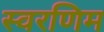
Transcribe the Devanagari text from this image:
स्वरणिम